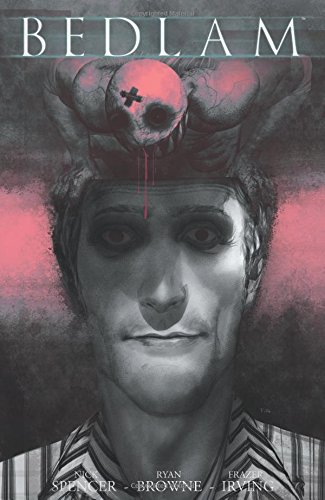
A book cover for Bedlam Volume 2 TP; Nick Spencer; Comics & Graphic Novels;